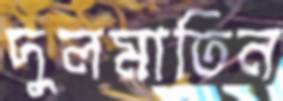
দুলমাতিন